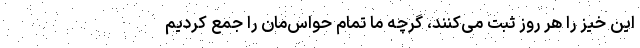
این خیز را هر روز ثبت می‌کنند، گرچه ما تمام حواس‌مان را جمع کردیم